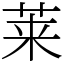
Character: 莱